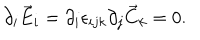
\partial _ { i } \vec { E } _ { i } = \partial _ { i } \epsilon _ { i j k } \partial _ { j } \vec { C } _ { k } = 0 .